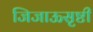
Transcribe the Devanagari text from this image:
जिजाऊसृष्टी